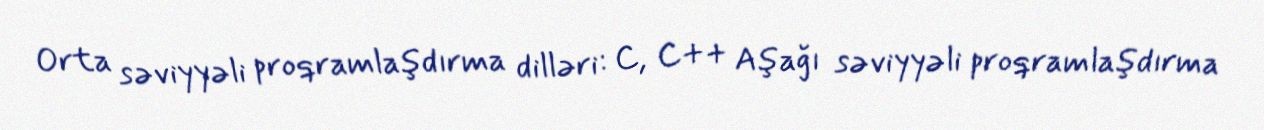
Orta səviyyəli proqramlaşdırma dilləri: C, C++ Aşağı səviyyəli proqramlaşdırma